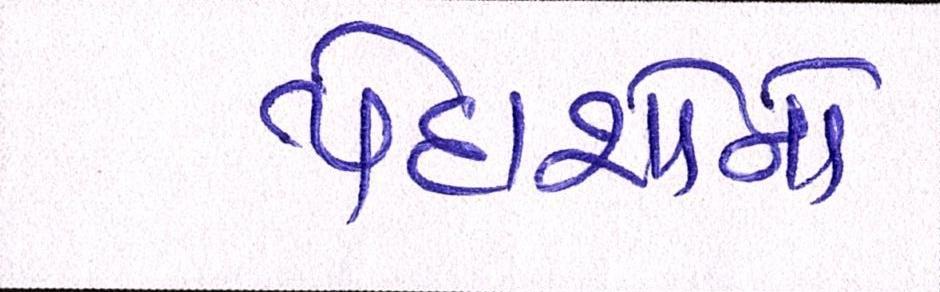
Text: પેદાશોનાં